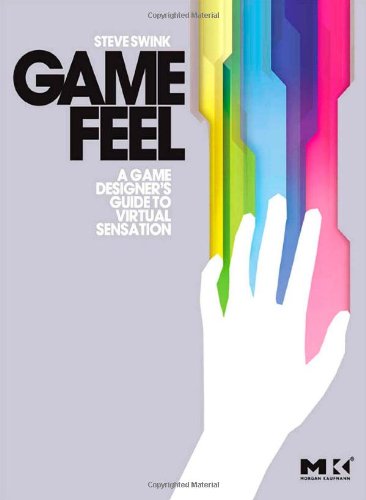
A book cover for Game Feel: A Game Designer's Guide to Virtual Sensation (Morgan Kaufmann Game Design Books); Steve Swink; Arts & Photography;